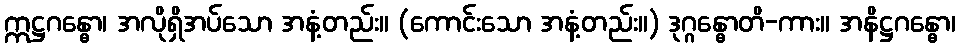
ဣဋ္ဌဂန္ဓော၊ အလိုရှိအပ်သော အနံ့တည်း။ (ကောင်းသော အနံ့တည်း။) ဒုဂ္ဂန္ဓောတိ-ကား။ အနိဋ္ဌဂန္ဓော၊